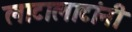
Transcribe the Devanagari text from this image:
लाटालाटांनी